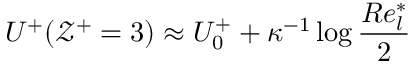
U ^ { + } ( \mathcal { Z } ^ { + } = 3 ) \approx U _ { 0 } ^ { + } + \kappa ^ { - 1 } \log \frac { R e _ { l } ^ { * } } { 2 }